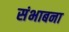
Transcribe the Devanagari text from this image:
संभाबना